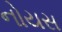
નોયસ